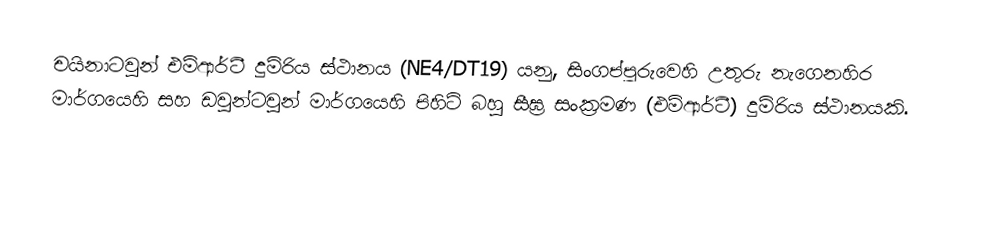
චයිනාටවුන් එම්ආර්ටී දුම්රිය ස්ථානය (NE4/DT19) යනු,  සිංගප්පූරුවෙහි  උතුරු නැගෙනහිර මාර්ගයෙහි සහ ඩවුන්ටවුන් මාර්ගයෙහි පිහිටි බහු සීඝ්‍ර සංක්‍රමණ (එම්ආර්ටී) දුම්රිය ස්ථානයකි.